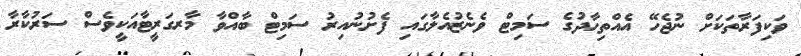
ވަކިފަރާތަކަށް ނުޖެހޭ އެއްތިހާދުގެ ސަމިޓް ވެނެޒުއެލާގައި ފެށުނުއިރު ސަމިޓް ބާއްވާ މާރގަރީޓާއަކީވެސް ސަރުކާރާ